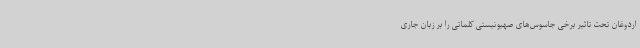
اردوغان تحت تاثیر برخی جاسوس‌های صهیونیستی کلماتی را بر زبان جاری